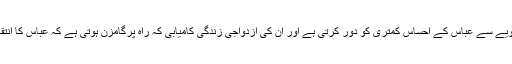
نیک زاد حسنہ اپنے سلوک اور مخلصانہ رویے سے عباس کے احساس کمتری کو دور کرتی ہے اور ان کی ازدواجی زندگی کامیابی کہ راہ پرگامزن ہوتی ہے کہ عباس کا انتقال ہو جاتا ہے اور حسنہ اکیلی رہ جاتی ہے۔